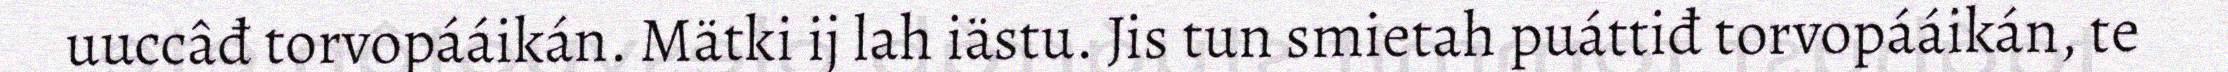
uuccâđ torvopááikán. Mätki ij lah iästu. Jis tun smietah puáttiđ torvopááikán, te